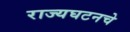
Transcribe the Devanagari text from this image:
राज्यघटनचे